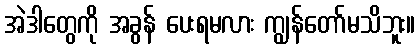
အဲဒါတွေကို အခွန် ပေးရမလား ကျွန်တော်မသိဘူး။